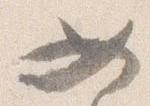
如